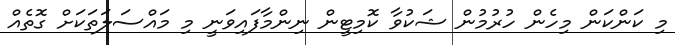
މި ކަންކަން މިހެން ހުރުމުން ޝަކުވާ ކޮމިޓީން ނިންމާފައިވަނީ މި މައްސަލަތަކަށް ގޮތެއް